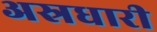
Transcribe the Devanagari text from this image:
अस्रधारी